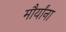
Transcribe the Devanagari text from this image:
मौर्यांना